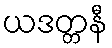
ယဒတ္တနီ